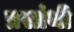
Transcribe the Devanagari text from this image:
प्रसांथी